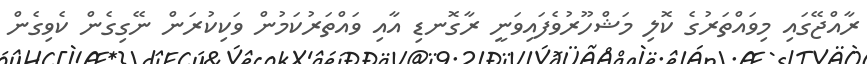
ރާއްޖޭގައި މިވައްތަރުގެ ކޮލި މަޝްހޫރުވެފައިވަނީ ރާގޮނޑި އާއި ވައްތަރުކަމުން ވަކިކުރަން ނޭގިގެން ކެވިގެން